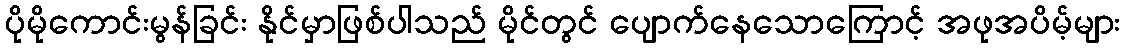
ပိုမိုကောင်းမွန်ခြင်း နိုင်မှာဖြစ်ပါသည် မိုင်တွင် ပျောက်နေသောကြောင့် အဖုအပိမ့်များ